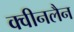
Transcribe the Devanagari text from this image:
क्वीनलैन